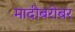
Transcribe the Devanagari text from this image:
मादीबरोबर